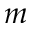
m